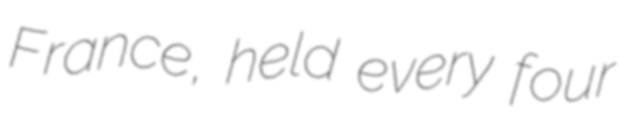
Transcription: France, held every four